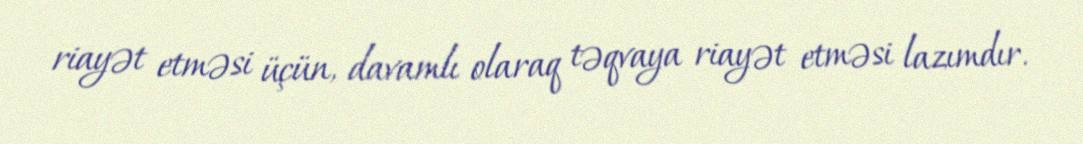
riayət etməsi üçün, davamlı olaraq təqvaya riayət etməsi lazımdır.